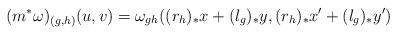
LaTeX: \begin{align*}(m^\ast\omega)_{(g,h)}(u,v)=\omega_{gh}((r_h)_{\ast} x+(l_g)_{\ast}y,(r_h)_{\ast} x'+(l_g)_{\ast}y')\end{align*}